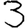
Digit: 3